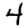
Digit: 4